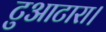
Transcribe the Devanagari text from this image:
टुआटारा।